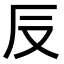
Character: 𠬡